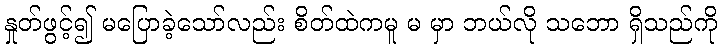
နှုတ်ဖွင့်၍ မပြောခဲ့သော်လည်း စိတ်ထဲကမူ မ မှာ ဘယ်လို သဘော ရှိသည်ကို